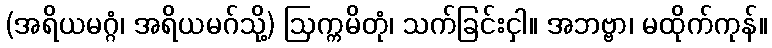
(အရိယမဂ္ဂံ၊ အရိယမဂ်သို့) ဩက္ကမိတုံ၊ သက်ခြင်းငှါ။ အဘဗ္ဗာ၊ မထိုက်ကုန်။